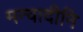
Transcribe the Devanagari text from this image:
मन्वादीनि